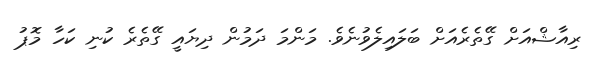
ރިއާޝްއަށް ގޭތެރެއަށް ބަލައިލެވުނެވެ. މަންމަ ދަމުން ދިޔައީ ގޭތެރެ ކުނި ކަހާ މޮޕު